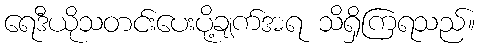
ရေဒီယိုသတင်းပေးပို့ချက်အရ သိရှိကြရသည်။